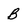
Character: B